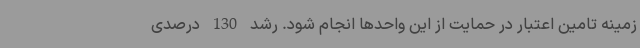
زمینه تامین اعتبار در حمایت از این واحدها انجام شود. رشد 130 درصدی